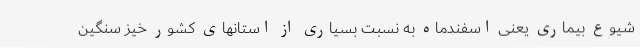
شیوع بیماری یعنی اسفندماه به نسبت بسیاری از استانهای کشور خیز سنگین